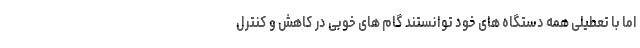
اما با تعطیلی همه دستگاه های خود توانستند گام های خوبی در کاهش و کنترل